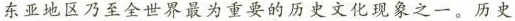
东亚地区乃至全世界最为重要的历史文化现象之一。历史